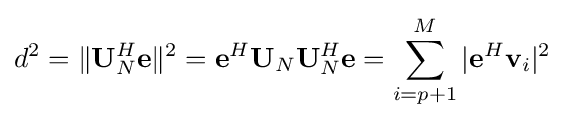
d^{2}=\|\mathbf {U} _{N}^{H}\mathbf {e} \|^{2}=\mathbf {e} ^{H}\mathbf {U} _{N}\mathbf {U} _{N}^{H}\mathbf {e} =\sum _{i=p+1}^{M}|\mathbf {e} ^{H}\mathbf {v} _{i}|^{2}